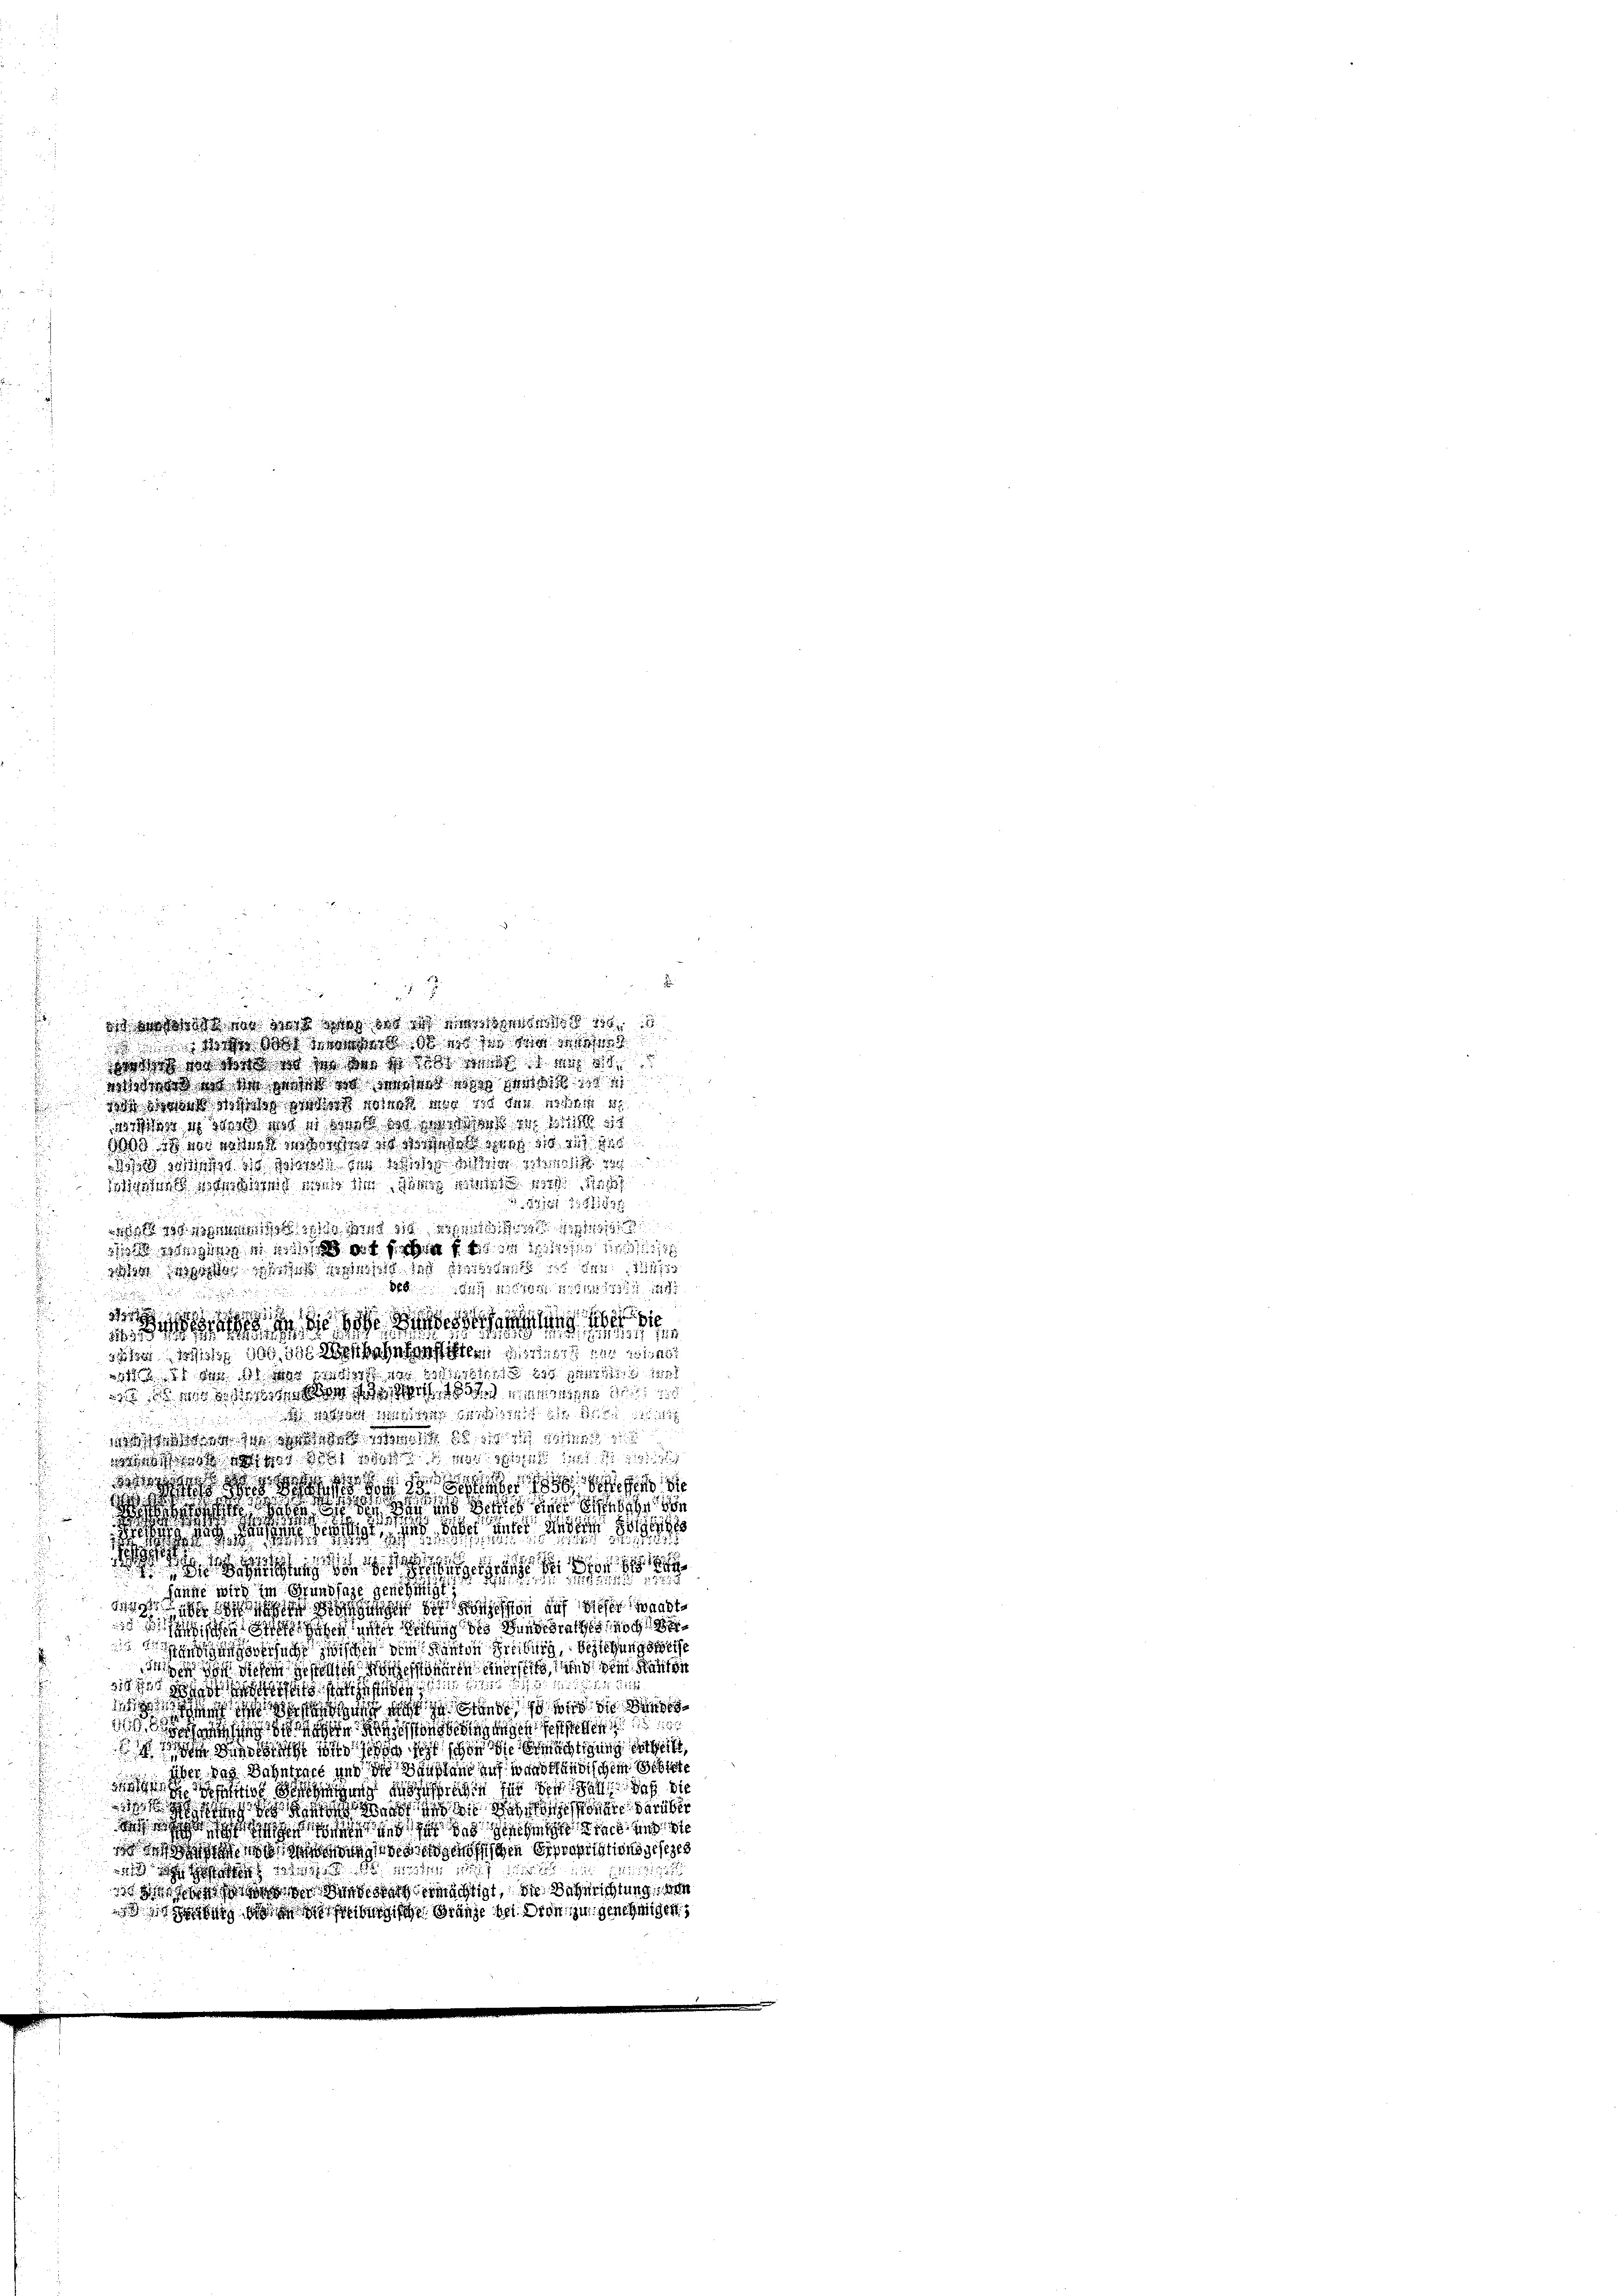
i

a

d
n
dite dass sich so das 185
i den war in stet wo da der
sind den sind die s s stet
 ist sich so das wisse die
sicut in die
1811 2111138

is Wert sie w
 ging hat sehen die an d
t sich aus
828. d. 1. 1911

.
s
ss, daß sie sie die diese
r ist doch des Wissehntenstiften 114 f 2
311 des 11 der 18
 in eine Sache er de

werst ja war das die
hicht also darf dass die
d
wie der an und Betrieb eines Bindige von

de geschler, was dass die ander d

 en die der hieben hat de der

sanne wird im Grundsatt geneh
3 in ich die geschon auf dieser wandte
isen diesen unter Leitung des Bundesrathes noch
s
rsache zwischen dem Kanton Freiburg, Bestehungsweise
 doch diesen gestellten Konzessinnen einerseit und dem Kanton
212
sie dass sich
 ich auch mit den so wir in
se ich schon den sonstigungen feststehen
d in die ich so sehr schon die Ermächtigung ertheilt
über das Bahntract und die Hausland auf wardtländischem Gebiete
h und die andesrechen für den als daß die
 h i non und in die den konnte darüber
shohe        und
iösischen Expropriationsgesezes
5
1 des
c sind der Bundesrath ermächtigt, die Begerichtung, den
stung dische Gränze bei den zu genehmigent

se wie sie sich da er w
woch werde so das ich war an
scende es so sol an der bis

di wicht in sich wie ich so da